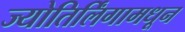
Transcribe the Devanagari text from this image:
ज्योतिर्लिंगामधून